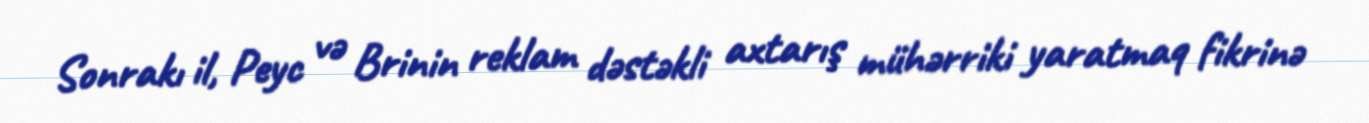
Sonrakı il, Peyc və Brinin reklam dəstəkli axtarış mühərriki yaratmaq fikrinə